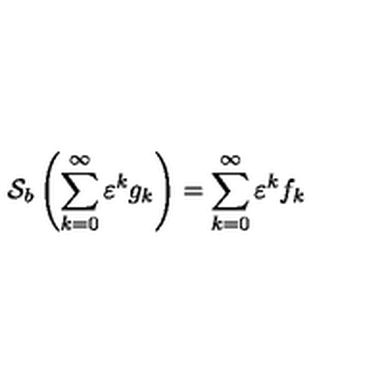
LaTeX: { \cal S } _ { b } \left( \sum _ { k = 0 } ^ { \infty } \varepsilon ^ { k } g _ { k } \right) = \sum _ { k = 0 } ^ { \infty } \varepsilon ^ { k } f _ { k }